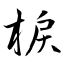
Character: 棙